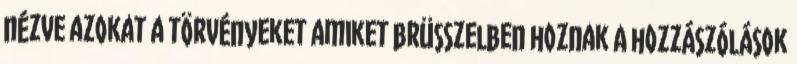
nézve azokat a törvényeket amiket brüsszelben hoznak A hozzászólások